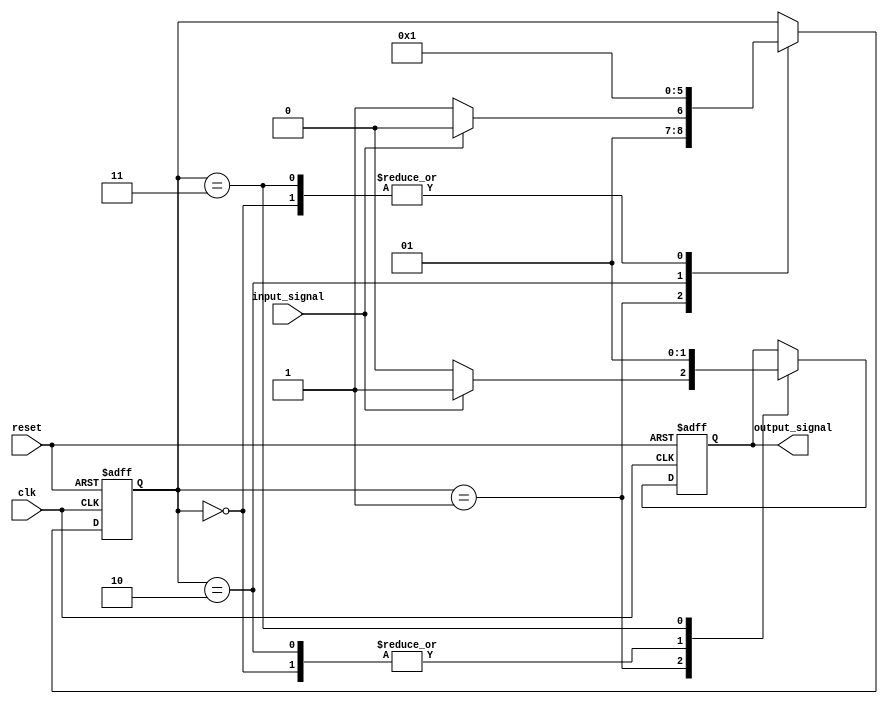
module mealy_state_machine(
    input clk,
    input reset,
    input input_signal,
    output reg output_signal
);

// Define state
reg [2:0] state;

// Define states
parameter S0 = 3'b000, S1 = 3'b001, S2 = 3'b010, S3 = 3'b011;

// Define output signals
parameter O0 = 1'b0, O1 = 1'b1;

always @(posedge clk or posedge reset) begin
    if (reset) begin
        state <= S0;
        output_signal <= O0;
    end else begin
        case(state)
            S0: begin
                state <= S1;
                output_signal <= O0;
            end
            S1: begin
                if (input_signal) begin
                    state <= S2;
                    output_signal <= O1;
                end else begin
                    state <= S3;
                    output_signal <= O0;
                end
            end
            S2: begin
                state <= S0;
                output_signal <= O0;
            end
            S3: begin
                state <= S1;
                output_signal <= O1;
            end
        endcase
    end
end

endmodule